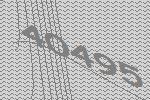
40495